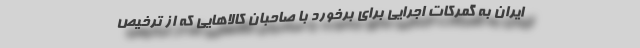
ایران به گمرکات اجرایی برای برخورد با صاحبان کالاهایی که از ترخیص